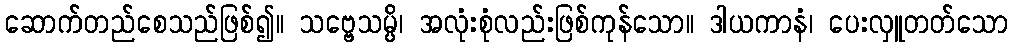
ဆောက်တည်စေသည်ဖြစ်၍။ သဗ္ဗေသမ္ပိ၊ အလုံးစုံလည်းဖြစ်ကုန်သော။ ဒါယကာနံ၊ ပေးလှူတတ်သော